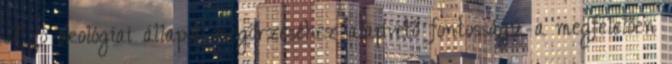
A jó ökológiai állapot megőrzéséhez alapvető fontosságú a megfelelően